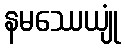
နမဿေယျုံ